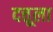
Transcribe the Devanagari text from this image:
दत्तूला